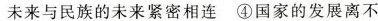
未来与民族的未来紧密相连④国家的发展离不